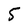
Character: 5